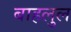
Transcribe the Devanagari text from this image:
बाहलुल